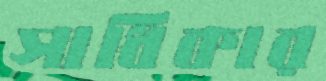
সাধিকার